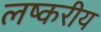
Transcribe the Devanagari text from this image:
लष्करीय